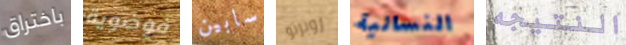
باختراق فوضوية سابين روبرتو النسائية النتيجه